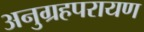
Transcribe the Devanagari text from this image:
अनुग्रहपरायण